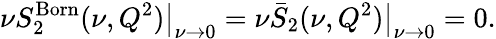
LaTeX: \nu S_{2}^{\mathrm{Born}}(\nu,Q^{2})\big\vert_{\nu\rightarrow 0}=\nu\bar{S}_{2}(\nu,Q^{2})\big\vert_{\nu\rightarrow 0}=0.